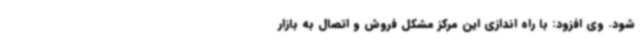
شود. وی افزود: با راه اندازی این مرکز مشکل فروش و اتصال به بازار